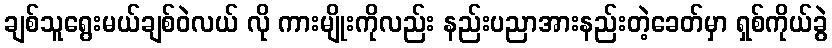
ချစ်သူရွေးမယ်ချစ်ဝဲလယ် လို ကားမျိုးကိုလည်း နည်းပညာအားနည်းတဲ့ခေတ်မှာ ရှစ်ကိုယ်ခွဲ